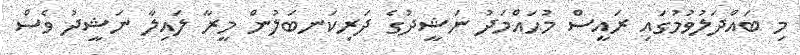
މި ބައްދަލުވުމުގައި ރައީސް މުޙައްމަދު ނަޝީދުގެ ދަރިކަނބަލުން މީރާ ލައިލާ ނަޝީދު ވެސް